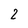
Character: 2